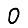
Digit: 0